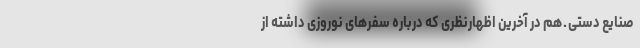
صنایع دستی ـ هم در آخرین اظهارنظری که درباره سفرهای نوروزی داشته از